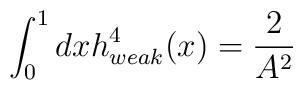
\int_{0}^{1}dxh_{weak}^{4}(x)=\frac{2}{A^{2}}